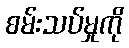
စမ်းသပ်မှုကို